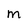
Character: M